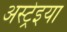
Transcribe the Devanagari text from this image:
अस्ट्रेइया